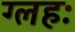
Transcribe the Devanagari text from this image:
ग्लहः